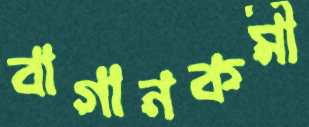
বাগানকর্মী